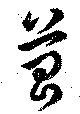
菖